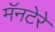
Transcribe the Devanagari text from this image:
मॅनटेरे